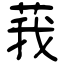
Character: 莪